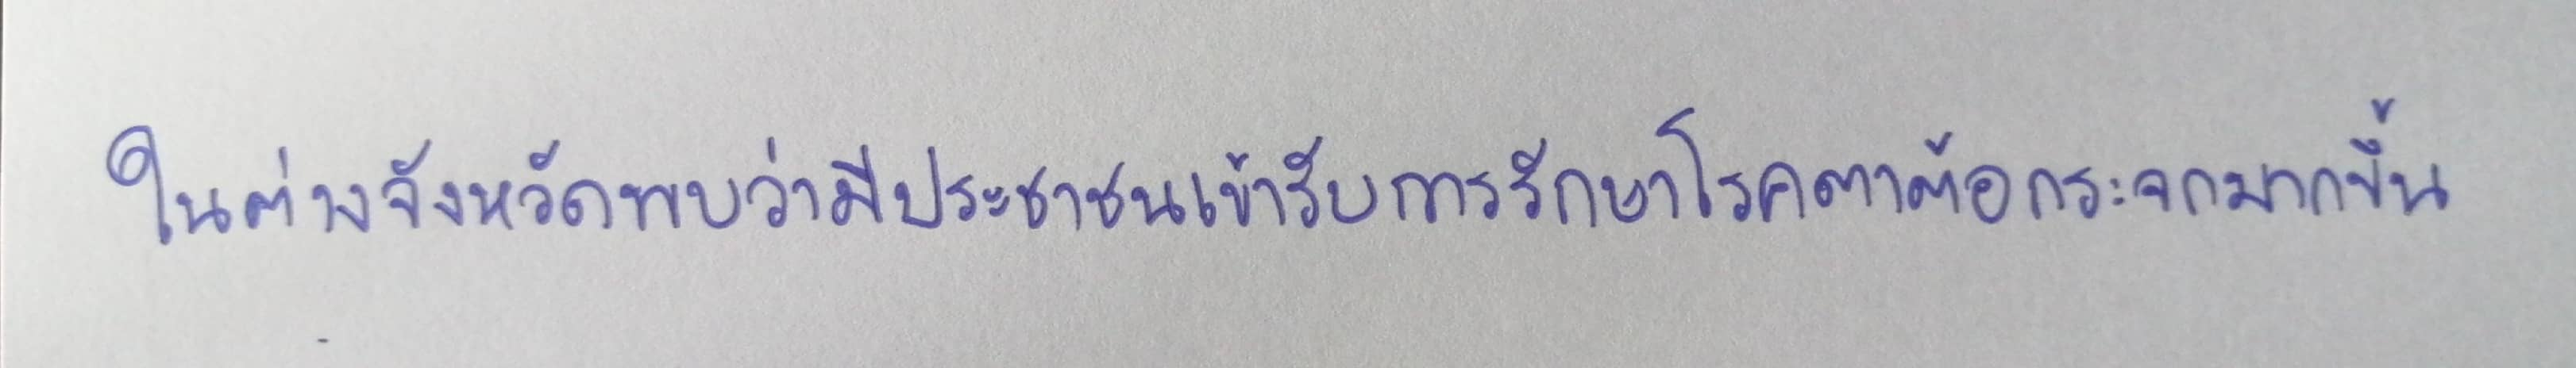
ในต่างจังหวัดพบว่ามีประชาชนเข้ารับการรักษาโรคตาต้อกระจกมากขึ้น